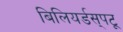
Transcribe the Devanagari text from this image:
बिलियर्डस्‌पटू